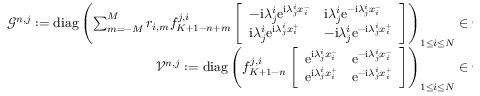
\begin{array} { r } { \mathcal { G } ^ { n , j } : = \mathrm { d i a g } \left( \sum _ { m = - M } ^ { M } r _ { i , m } f _ { K + 1 - n + m } ^ { j , i } \left[ \begin{array} { l l } { - \mathrm { i } \lambda _ { j } ^ { i } \mathrm { e } ^ { \mathrm { i } \lambda _ { j } ^ { i } x _ { i } ^ { - } } } & { \mathrm { i } \lambda _ { j } ^ { i } \mathrm { e } ^ { - \mathrm { i } \lambda _ { j } ^ { i } x _ { i } ^ { - } } } \\ { \mathrm { i } \lambda _ { j } ^ { i } \mathrm { e } ^ { \mathrm { i } \lambda _ { j } ^ { i } x _ { i } ^ { + } } } & { - \mathrm { i } \lambda _ { j } ^ { i } \mathrm { e } ^ { - \mathrm { i } \lambda _ { j } ^ { i } x _ { i } ^ { + } } } \end{array} \right] \right) _ { 1 \leq i \leq N } \in \mathbb { C } ^ { 2 N \times 2 N } , } \\ { \mathcal { V } ^ { n , j } : = \mathrm { d i a g } \left( f _ { K + 1 - n } ^ { j , i } \left[ \begin{array} { l l } { \mathrm { e } ^ { \mathrm { i } \lambda _ { j } ^ { i } x _ { i } ^ { - } } } & { \mathrm { e } ^ { - \mathrm { i } \lambda _ { j } ^ { i } x _ { i } ^ { - } } } \\ { \mathrm { e } ^ { \mathrm { i } \lambda _ { j } ^ { i } x _ { i } ^ { + } } } & { \mathrm { e } ^ { - \mathrm { i } \lambda _ { j } ^ { i } x _ { i } ^ { + } } } \end{array} \right] \right) _ { 1 \leq i \leq N } \in \mathbb { C } ^ { 2 N \times 2 N } . } \end{array}